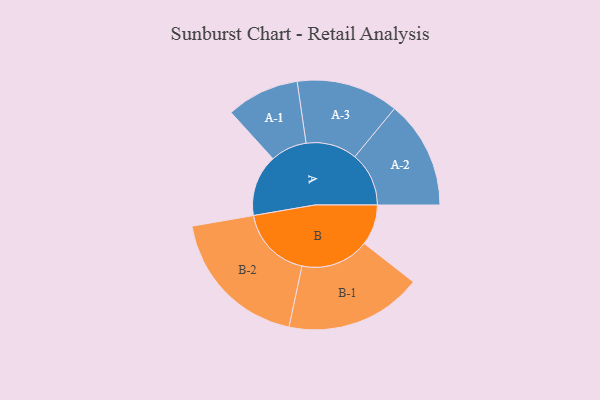
{"axis": {"x": "Segment", "y": "Value"}, "legend": ["", "A", "B"], "data": [{"x": "A", "y": 230, "type": ""}, {"x": "B", "y": 152, "type": ""}, {"x": "A-1", "y": 136, "type": "A"}, {"x": "A-2", "y": 202, "type": "A"}, {"x": "A-3", "y": 191, "type": "A"}, {"x": "B-1", "y": 256, "type": "B"}, {"x": "B-2", "y": 273, "type": "B"}]}